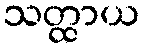
သတ္ထာယ